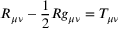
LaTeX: R _ { \mu \nu } - { \frac { 1 } { 2 } } R g _ { \mu \nu } = T _ { \mu \nu }